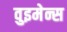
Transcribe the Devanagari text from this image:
वुइमेन्स